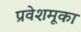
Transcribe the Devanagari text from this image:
प्रवेशमूका